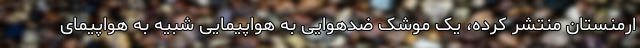
ارمنستان منتشر کرده، یک موشک ضد‌هوایی به هواپیمایی شبیه به هواپیمای